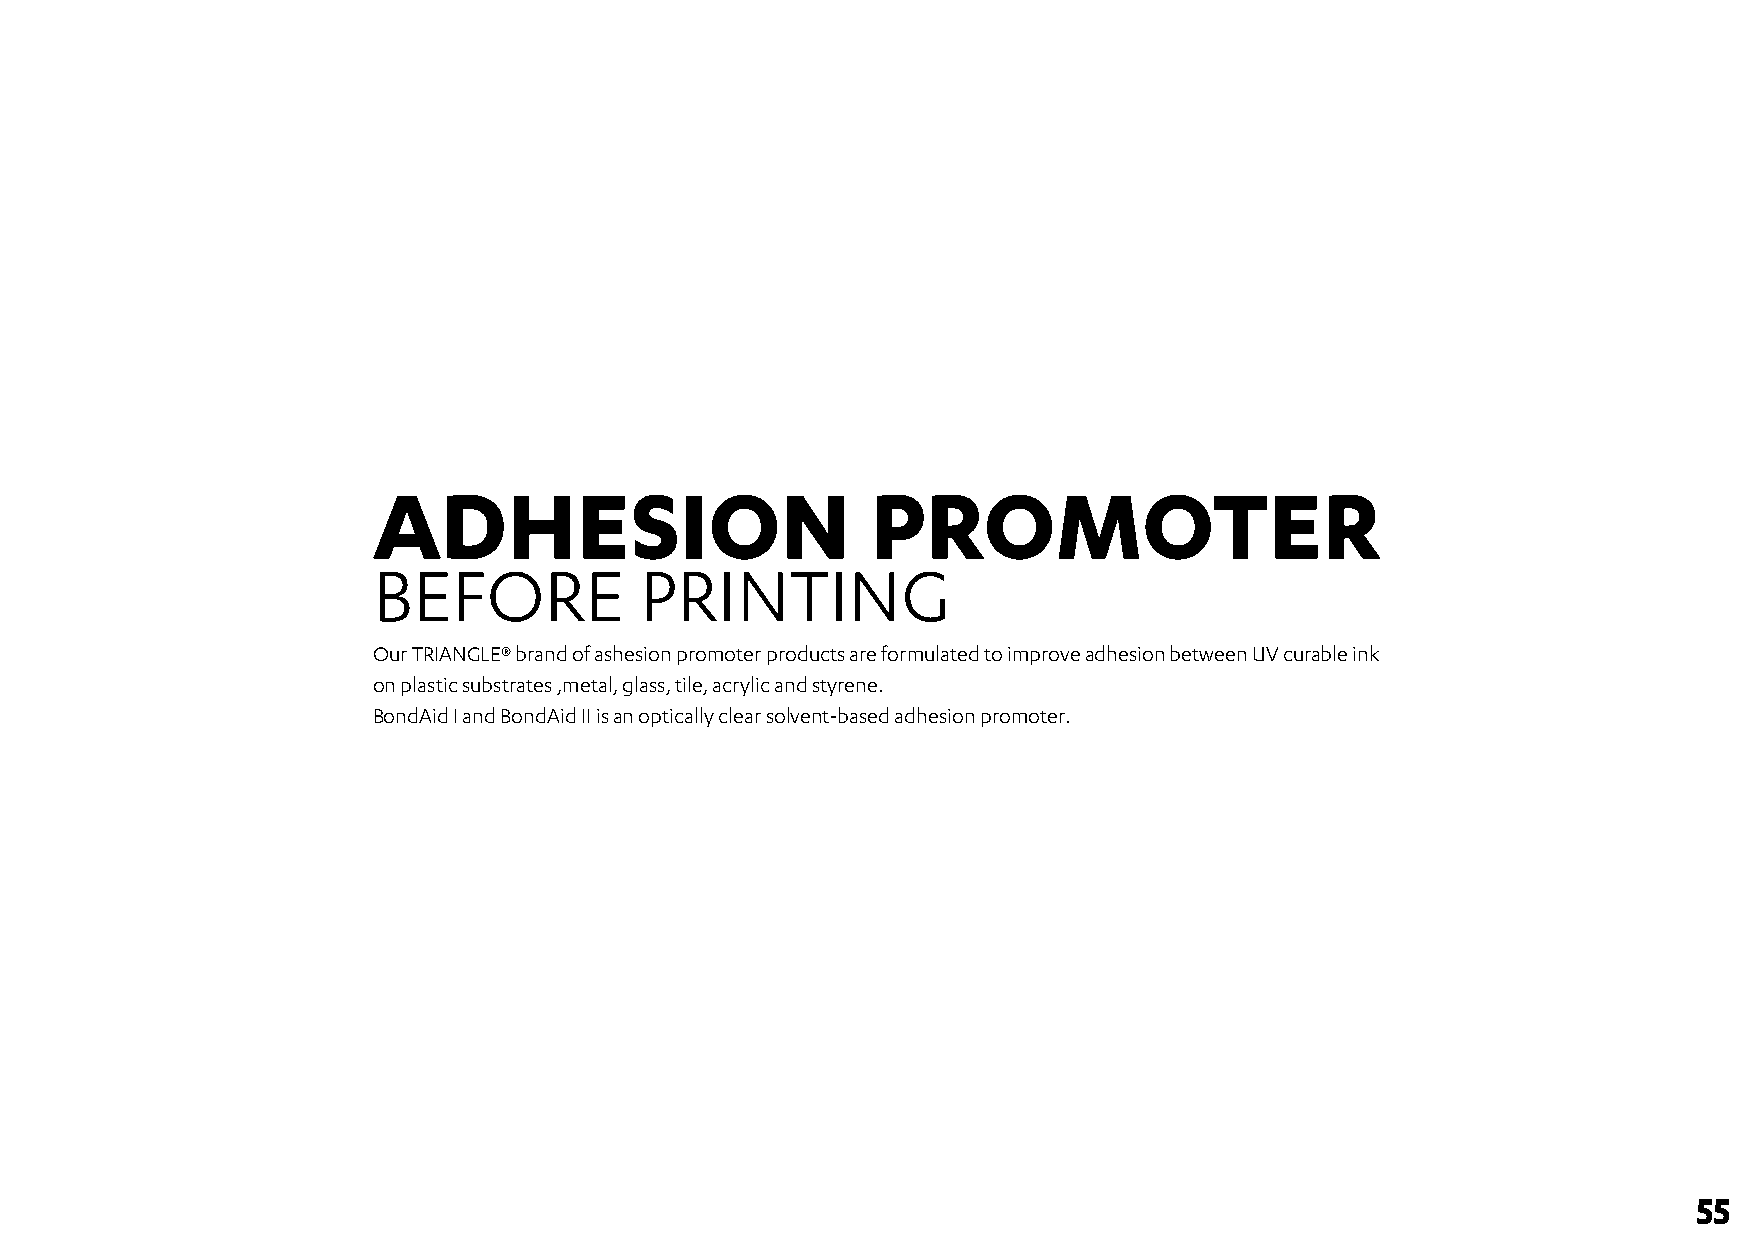
ADHESION                         PROMOTER
 BEFORE           PRINTING
 Our TRIANGLE® brand of ashesion promoter products are formulated to improve adhesion between UV curable ink
 on plastic substrates ,metal, glass, tile, acrylic and styrene.
 BondAid I and BondAid II is an optically clear solvent-based adhesion promoter.
 55